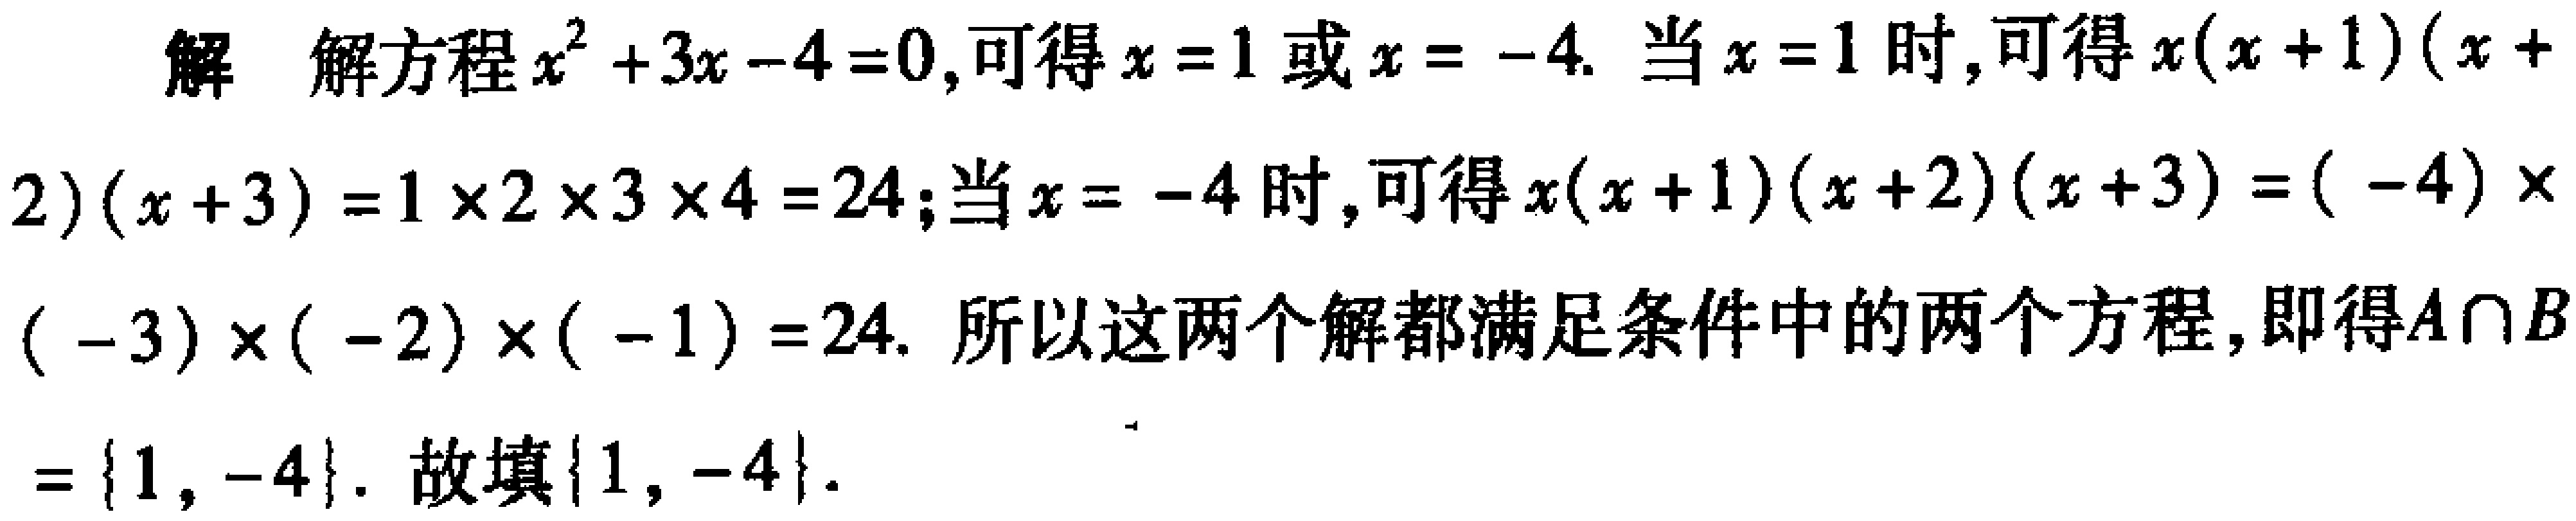
解 解方程\(x^{2}+3x - 4 = 0\)，可得\(x = 1\)或\(x = - 4\). 当\(x = 1\)时，可得\(x(x + 1)(x + 2)(x + 3)=1\times2\times3\times4 = 24\)；当\(x = - 4\)时，可得\(x(x + 1)(x + 2)(x + 3)=(-4)\times(-3)\times(-2)\times(-1)=24\). 所以这两个解都满足条件中的两个方程，即得\(A\cap B=\{1, - 4\}\). 故填\(\{1, - 4\}\).